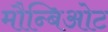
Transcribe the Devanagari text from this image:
मौन्बिओट